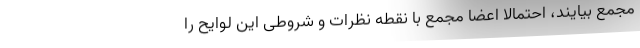
مجمع بیایند، احتمالا اعضا مجمع با نقطه نظرات و شروطی این لوایح را